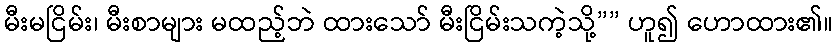
မီးမငြိမ်း၊ မီးစာများ မထည့်ဘဲ ထားသော် မီးငြိမ်းသကဲ့သို့”” ဟူ၍ ဟောထား၏။